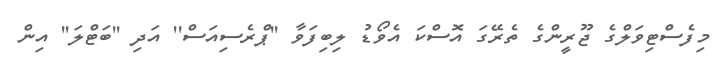
މިފެސްޓިވަލްގެ ޖޫރީންގެ ތެރޭގަ އޮސްކަ އެވޯޑު ލިބިފަވާ ''ޕްރެސިއަސް'' އަދި ''ބަޓްލަ'' އިން